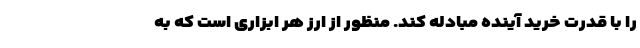
را با قدرت خرید آینده مبادله کند. منظور از ارز هر ابزاری است که به